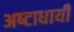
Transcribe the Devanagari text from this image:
अष्‍टाधायी